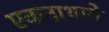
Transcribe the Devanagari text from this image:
एकनाथाने